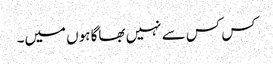
کس کس سے نہیں بھاگا ہوں میں۔